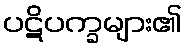
ပဋိပက္ခများ၏